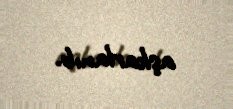
aşkarlanıb.